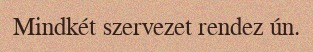
Mindkét szervezet rendez ún.